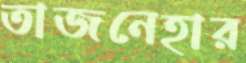
তাজনেহার